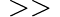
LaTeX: {}>>{}